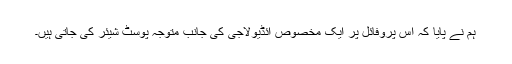
ہم نے پایا کہ اس پروفائل پر ایک مخصوص آئڈیولاجی کی جانب متوجہ پوسٹ شیئر کی جاتی ہیں۔